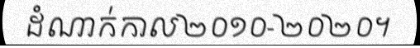
ដំណាក់កាល២០១០-២០២០។